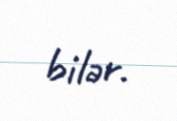
bilər.